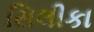
સિલીકા